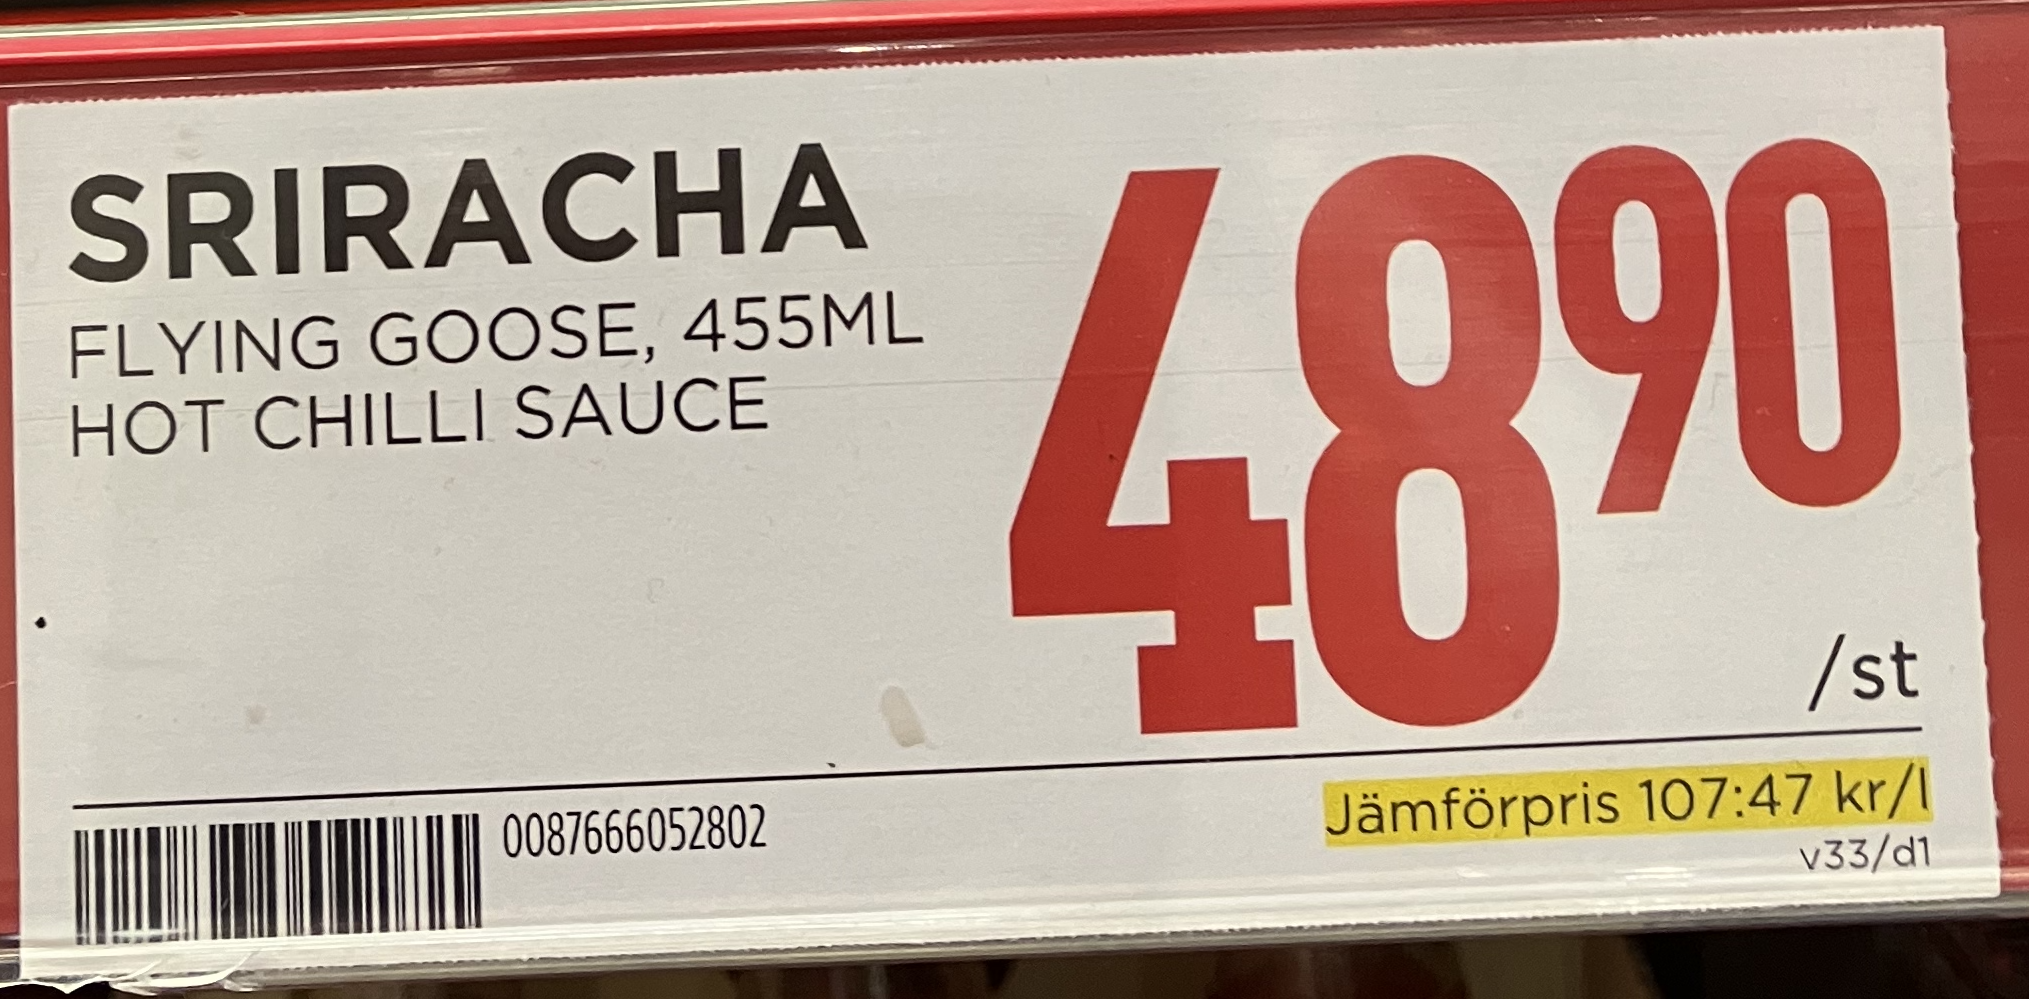
Vara: Sriracha
Genomsnittspris: 107.47 per L